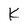
Character: K